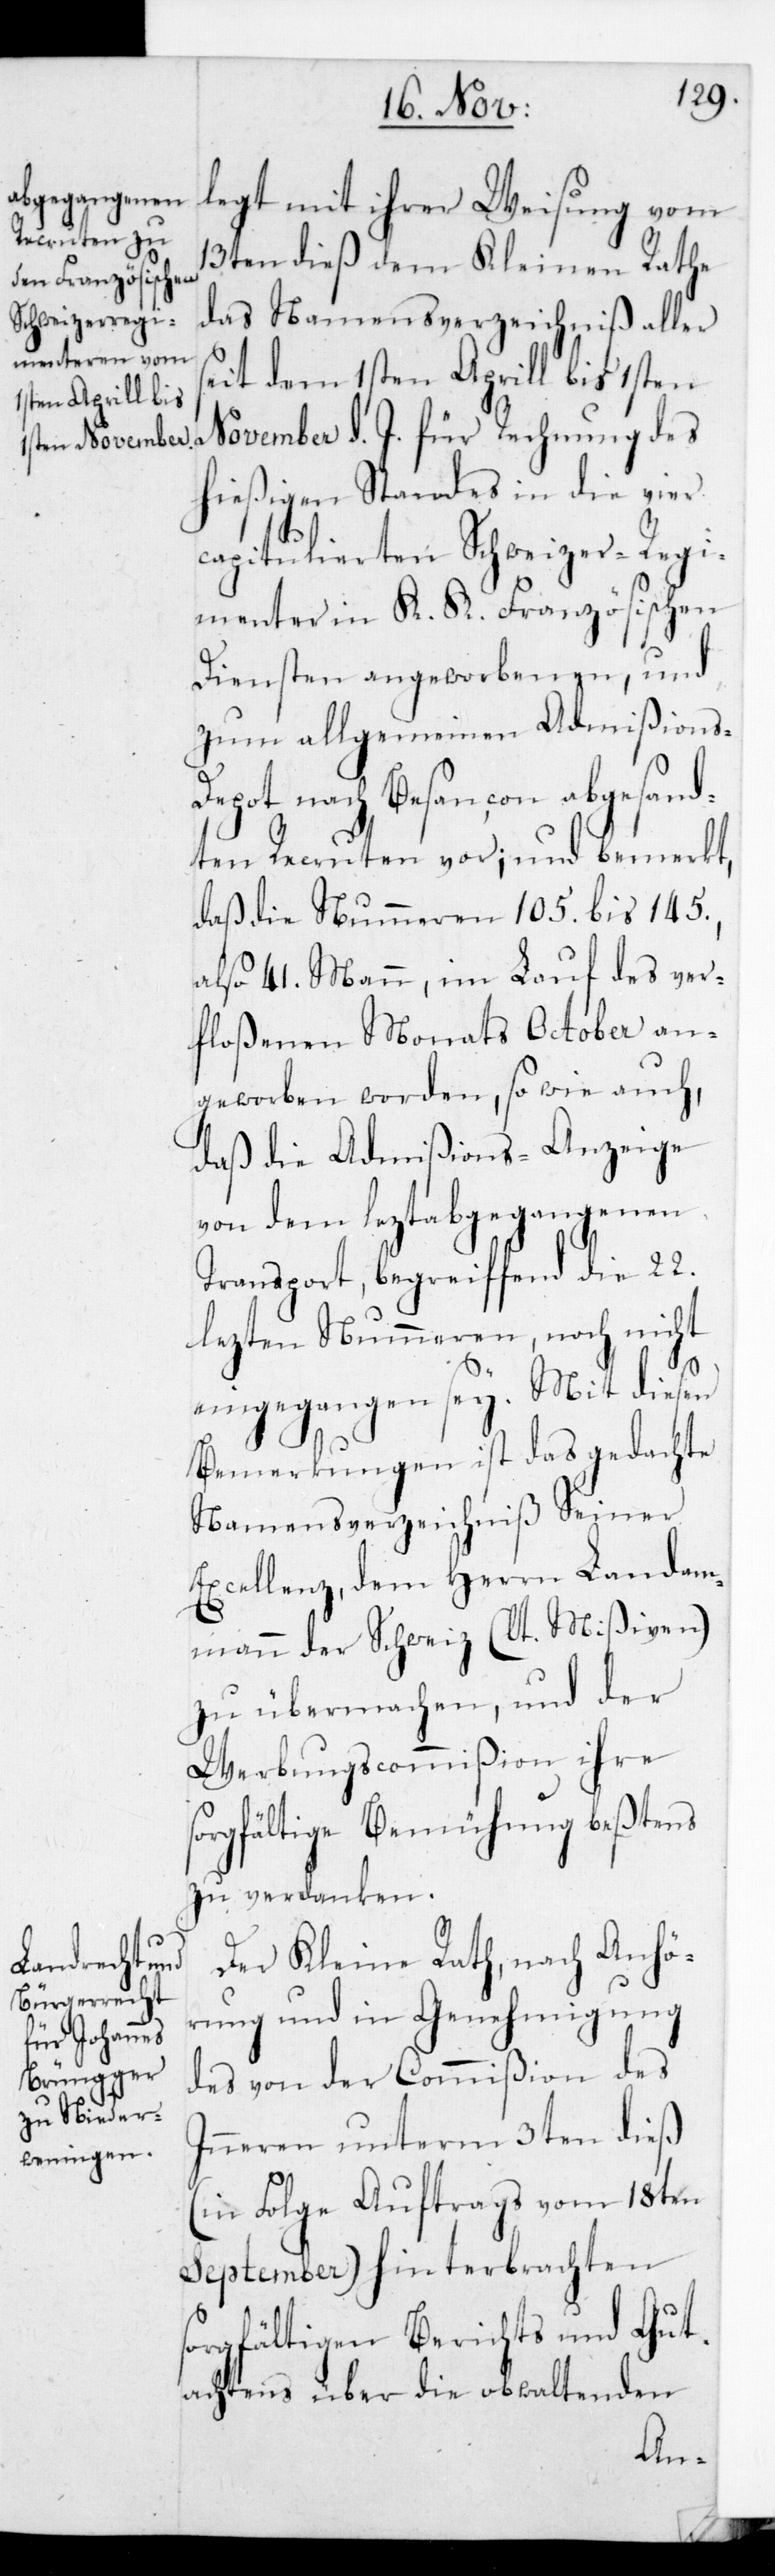
legt mit ihrer Weisung vom
13ten dieß dem Kleinen Rathe
das Namensverzeichniß aller
it dem 1sten Aprill bis 1sten
November d. J. für Rechnung des
hießigen Standes in die vier
capitulierten Schweizer Regi¬
menter in K. K. Französischen
Diensten angeworbenen, und
zum allgemeinen Admißions-D¬
epot nach Besançon abgesand¬
ten Recruten vor; und bemerkt,
daß die Nummeren 105. bis 145.,
also 41. Mann, im Lauf des ver¬
floßenen Monats October an¬
geworben worden, sowie auch
daß die Admißions-Anzeige
von dem lezt abgegangenen
Transport, begreifend die 22.
lezten Nummeren, noch nicht
eingegangen sey. Mit diesen
Bemerkungen ist das gedachte
Namensverzeichniß Seiner
Excellenz dem Herrn Landam¬
mann der Schweiz (lt. Mißiven)
zu übermachen, und der
Werbungscommißion ihre
sorgfältige Bemühung beßtens
zu verdanken.
Der Kleine Rath, nach Anhö¬
rung und in Genehmigung
des von der Commißion des
Inneren unterm 3ten dieß
(in Folge Auftrags vom 18ten
September) hinterbrachten
sorgfältigen Berichts und Gut¬
achtens über die obwaltenden
se¬